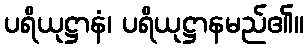
ပရိယုဋ္ဌာနံ၊ ပရိယုဋ္ဌာနမည်၏။